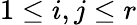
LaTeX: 1\leq i,j\leq r